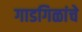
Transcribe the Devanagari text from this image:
गाडगिळांचे